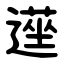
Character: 遳